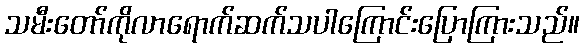
သမီးတော်ကိုလာရောက်ဆက်သပါကြောင်းပြောကြားသည်။